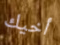
أخيك